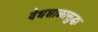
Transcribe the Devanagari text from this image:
वेधशाळासुद्धा